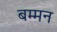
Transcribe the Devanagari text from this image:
बम्मन